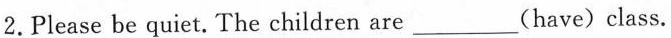
2.Please be quiet. The children are___(have)class.